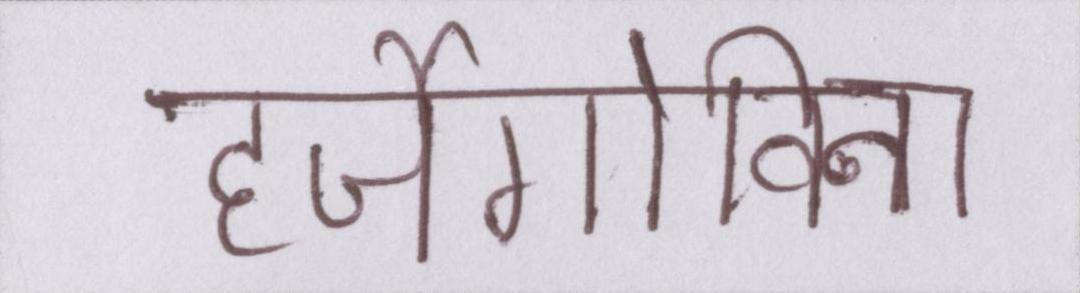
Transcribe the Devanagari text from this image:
हर्जेगोविना